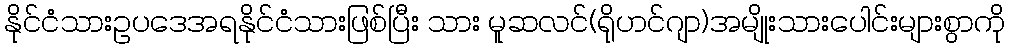
နိုင်ငံသားဥပဒေအရနိုင်ငံသားဖြစ်ပြီး သား မူဆလင်(ရိုဟင်ဂျာ)အမျိုးသားပေါင်းများစွာကို